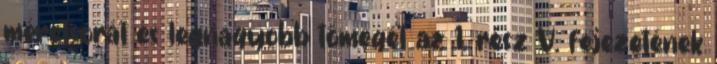
méretsorát és legnagyobb tömegét az 1. rész V. fejezetének